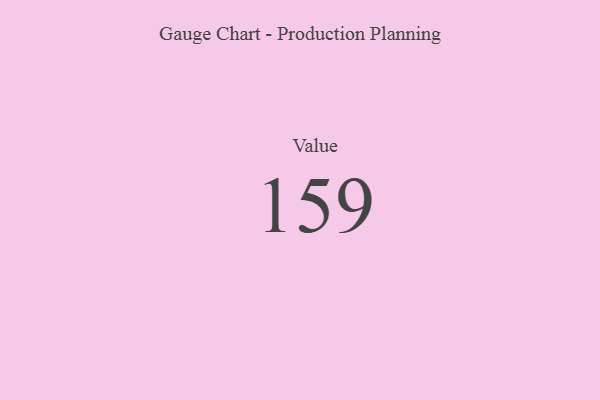
{"axis": {"x": "Metric", "y": "Value"}, "legend": [""], "data": [{"x": "Value", "y": 159, "type": ""}]}